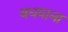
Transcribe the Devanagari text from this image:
बधवाना